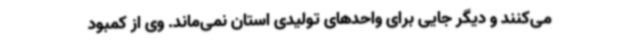
می‌کنند و دیگر جایی برای واحدهای تولیدی استان نمی‌ماند. وی از کمبود